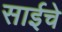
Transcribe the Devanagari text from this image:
साईचे